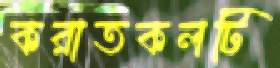
করাতকলটি